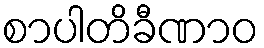
စာပါတိခီဏာဝ